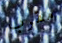
مقرب